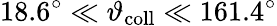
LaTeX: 18.6^{\circ}\ll\vartheta_{\mathrm{coll}}\ll 161.4^{\circ}